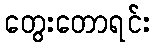
တွေးတောရင်း